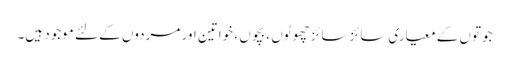
جوتوں کے معیاری سائز سائز چھوٹوں ، بچوں ، خواتین اور مردوں کے لئے موجود ہیں۔